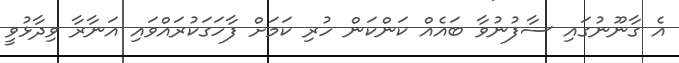
އެ ގާނޫނުގައި ސާފުނުވާ ބައެއް ކަންކަން ހުރި ކަމަށް ފާހަގަކުރައްވައި އަނާރާ ވިދާޅުވީ